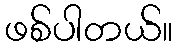
ဖစ်ပါတယ်။